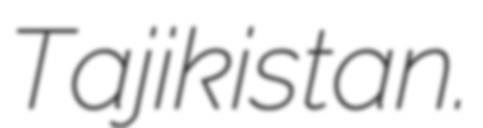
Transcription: Tajikistan.